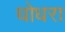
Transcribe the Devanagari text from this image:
धोधरा